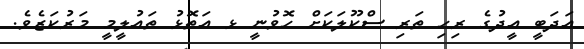
އަދަބީ އީދުގެ ރިހި ތަރި ސްކޫލަކަށް ހޮވުނީ ޅ އަތޮޅު ތައުލީމީ މަރުކަޒެވެ.